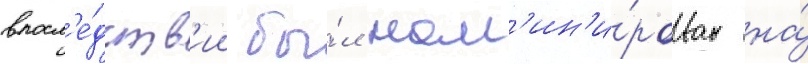
впосл'е́дств'ии бы́л ном'ин'и́рован на́